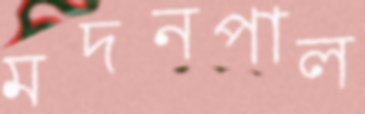
মদনপাল